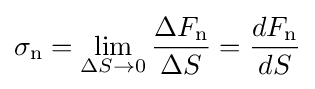
\mathbf {\sigma _{\mathrm {n} }} =\lim _{\Delta S\to 0}{\frac {\Delta F_{\mathrm {n} }}{\Delta S}}={\frac {dF_{\mathrm {n} }}{dS}}